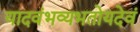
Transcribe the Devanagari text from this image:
यादवंभव्यभतोयदेवं